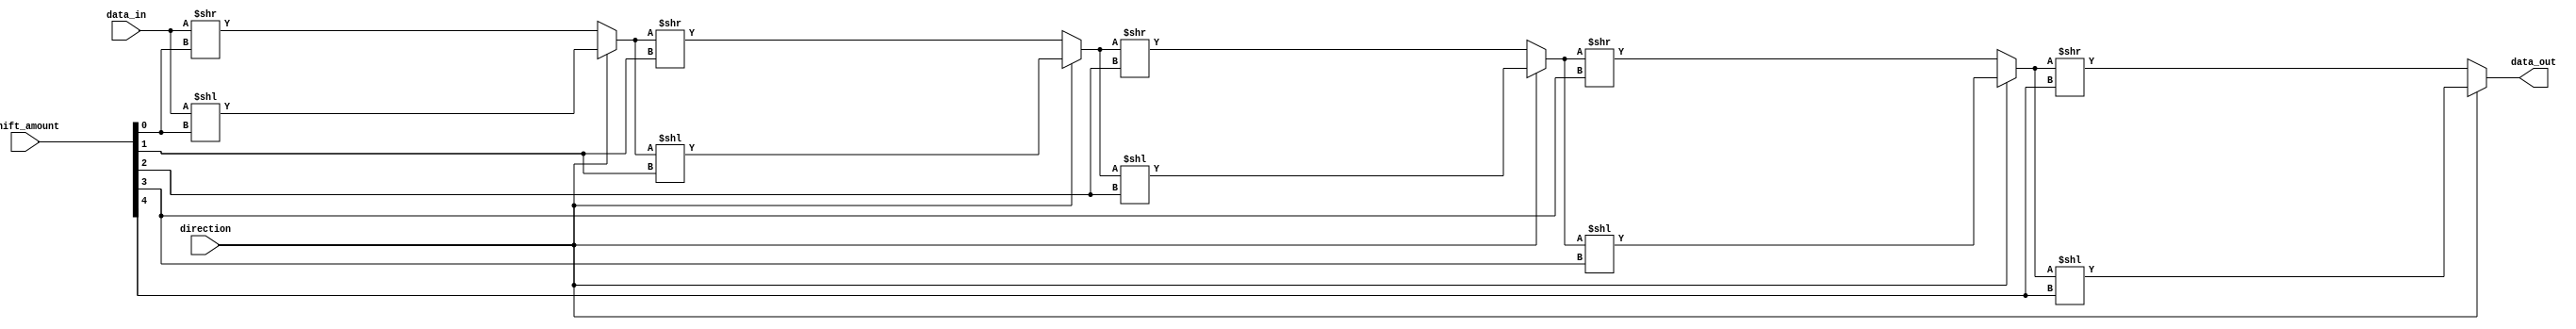
module Circular_Barrel_Shifter (
    input [31:0] data_in,
    input [4:0] shift_amount,
    input direction, // 0 for right shift, 1 for left shift
    output reg [31:0] data_out
);

reg [31:0] shifter_output [4:0];

always @ (data_in or shift_amount or direction) begin
    shifter_output[0] = (direction) ? (data_in << shift_amount[0]) : (data_in >> shift_amount[0]);
    shifter_output[1] = (direction) ? (shifter_output[0] << shift_amount[1]) : (shifter_output[0] >> shift_amount[1]);
    shifter_output[2] = (direction) ? (shifter_output[1] << shift_amount[2]) : (shifter_output[1] >> shift_amount[2]);
    shifter_output[3] = (direction) ? (shifter_output[2] << shift_amount[3]) : (shifter_output[2] >> shift_amount[3]);
    shifter_output[4] = (direction) ? (shifter_output[3] << shift_amount[4]) : (shifter_output[3] >> shift_amount[4]);
    
    data_out = shifter_output[4];
end

endmodule